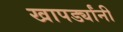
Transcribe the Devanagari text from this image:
खापर्ड्यांनी